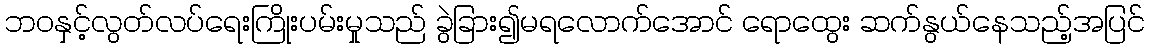
ဘဝနှင့်လွတ်လပ်ရေးကြိုးပမ်းမှုသည် ခွဲခြား၍မရလောက်အောင် ရောထွေး ဆက်နွယ်နေသည့်အပြင်